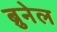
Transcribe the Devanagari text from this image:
ब्रुनेल